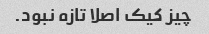
چیز کیک اصلا تازه نبود.